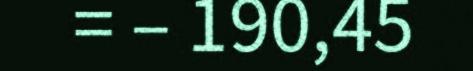
= – 190,45